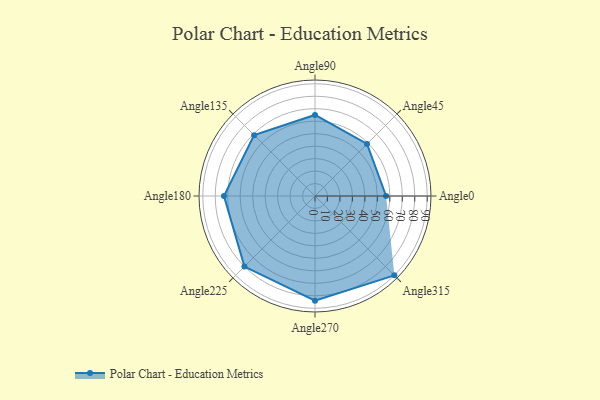
{"axis": {"x": "Angle", "y": "Radius"}, "legend": [""], "data": [{"x": "Angle0", "y": 57.0, "type": ""}, {"x": "Angle45", "y": 59.0, "type": ""}, {"x": "Angle90", "y": 65.0, "type": ""}, {"x": "Angle135", "y": 69.0, "type": ""}, {"x": "Angle180", "y": 73.0, "type": ""}, {"x": "Angle225", "y": 80.0, "type": ""}, {"x": "Angle270", "y": 84.0, "type": ""}, {"x": "Angle315", "y": 90.0, "type": ""}]}